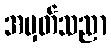
အမှတ်သညာ